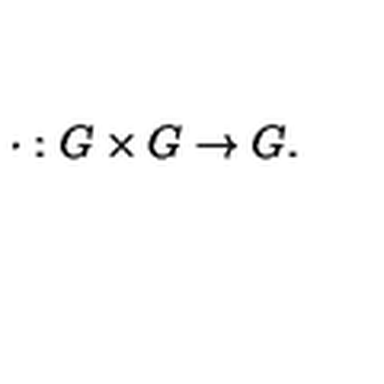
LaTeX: \cdot : G \times G \rightarrow G .